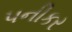
પનીકર